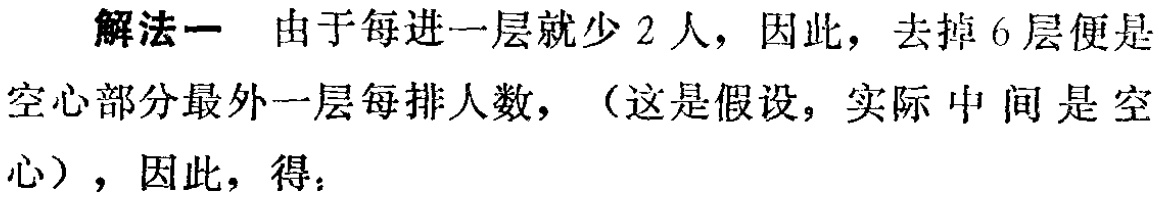
解法一 由于每进一层就少 2 人，因此，去掉 6 层便是

空心部分最外一层每排人数，（这是假设，实际 中 间 是 空

心），因此，得：